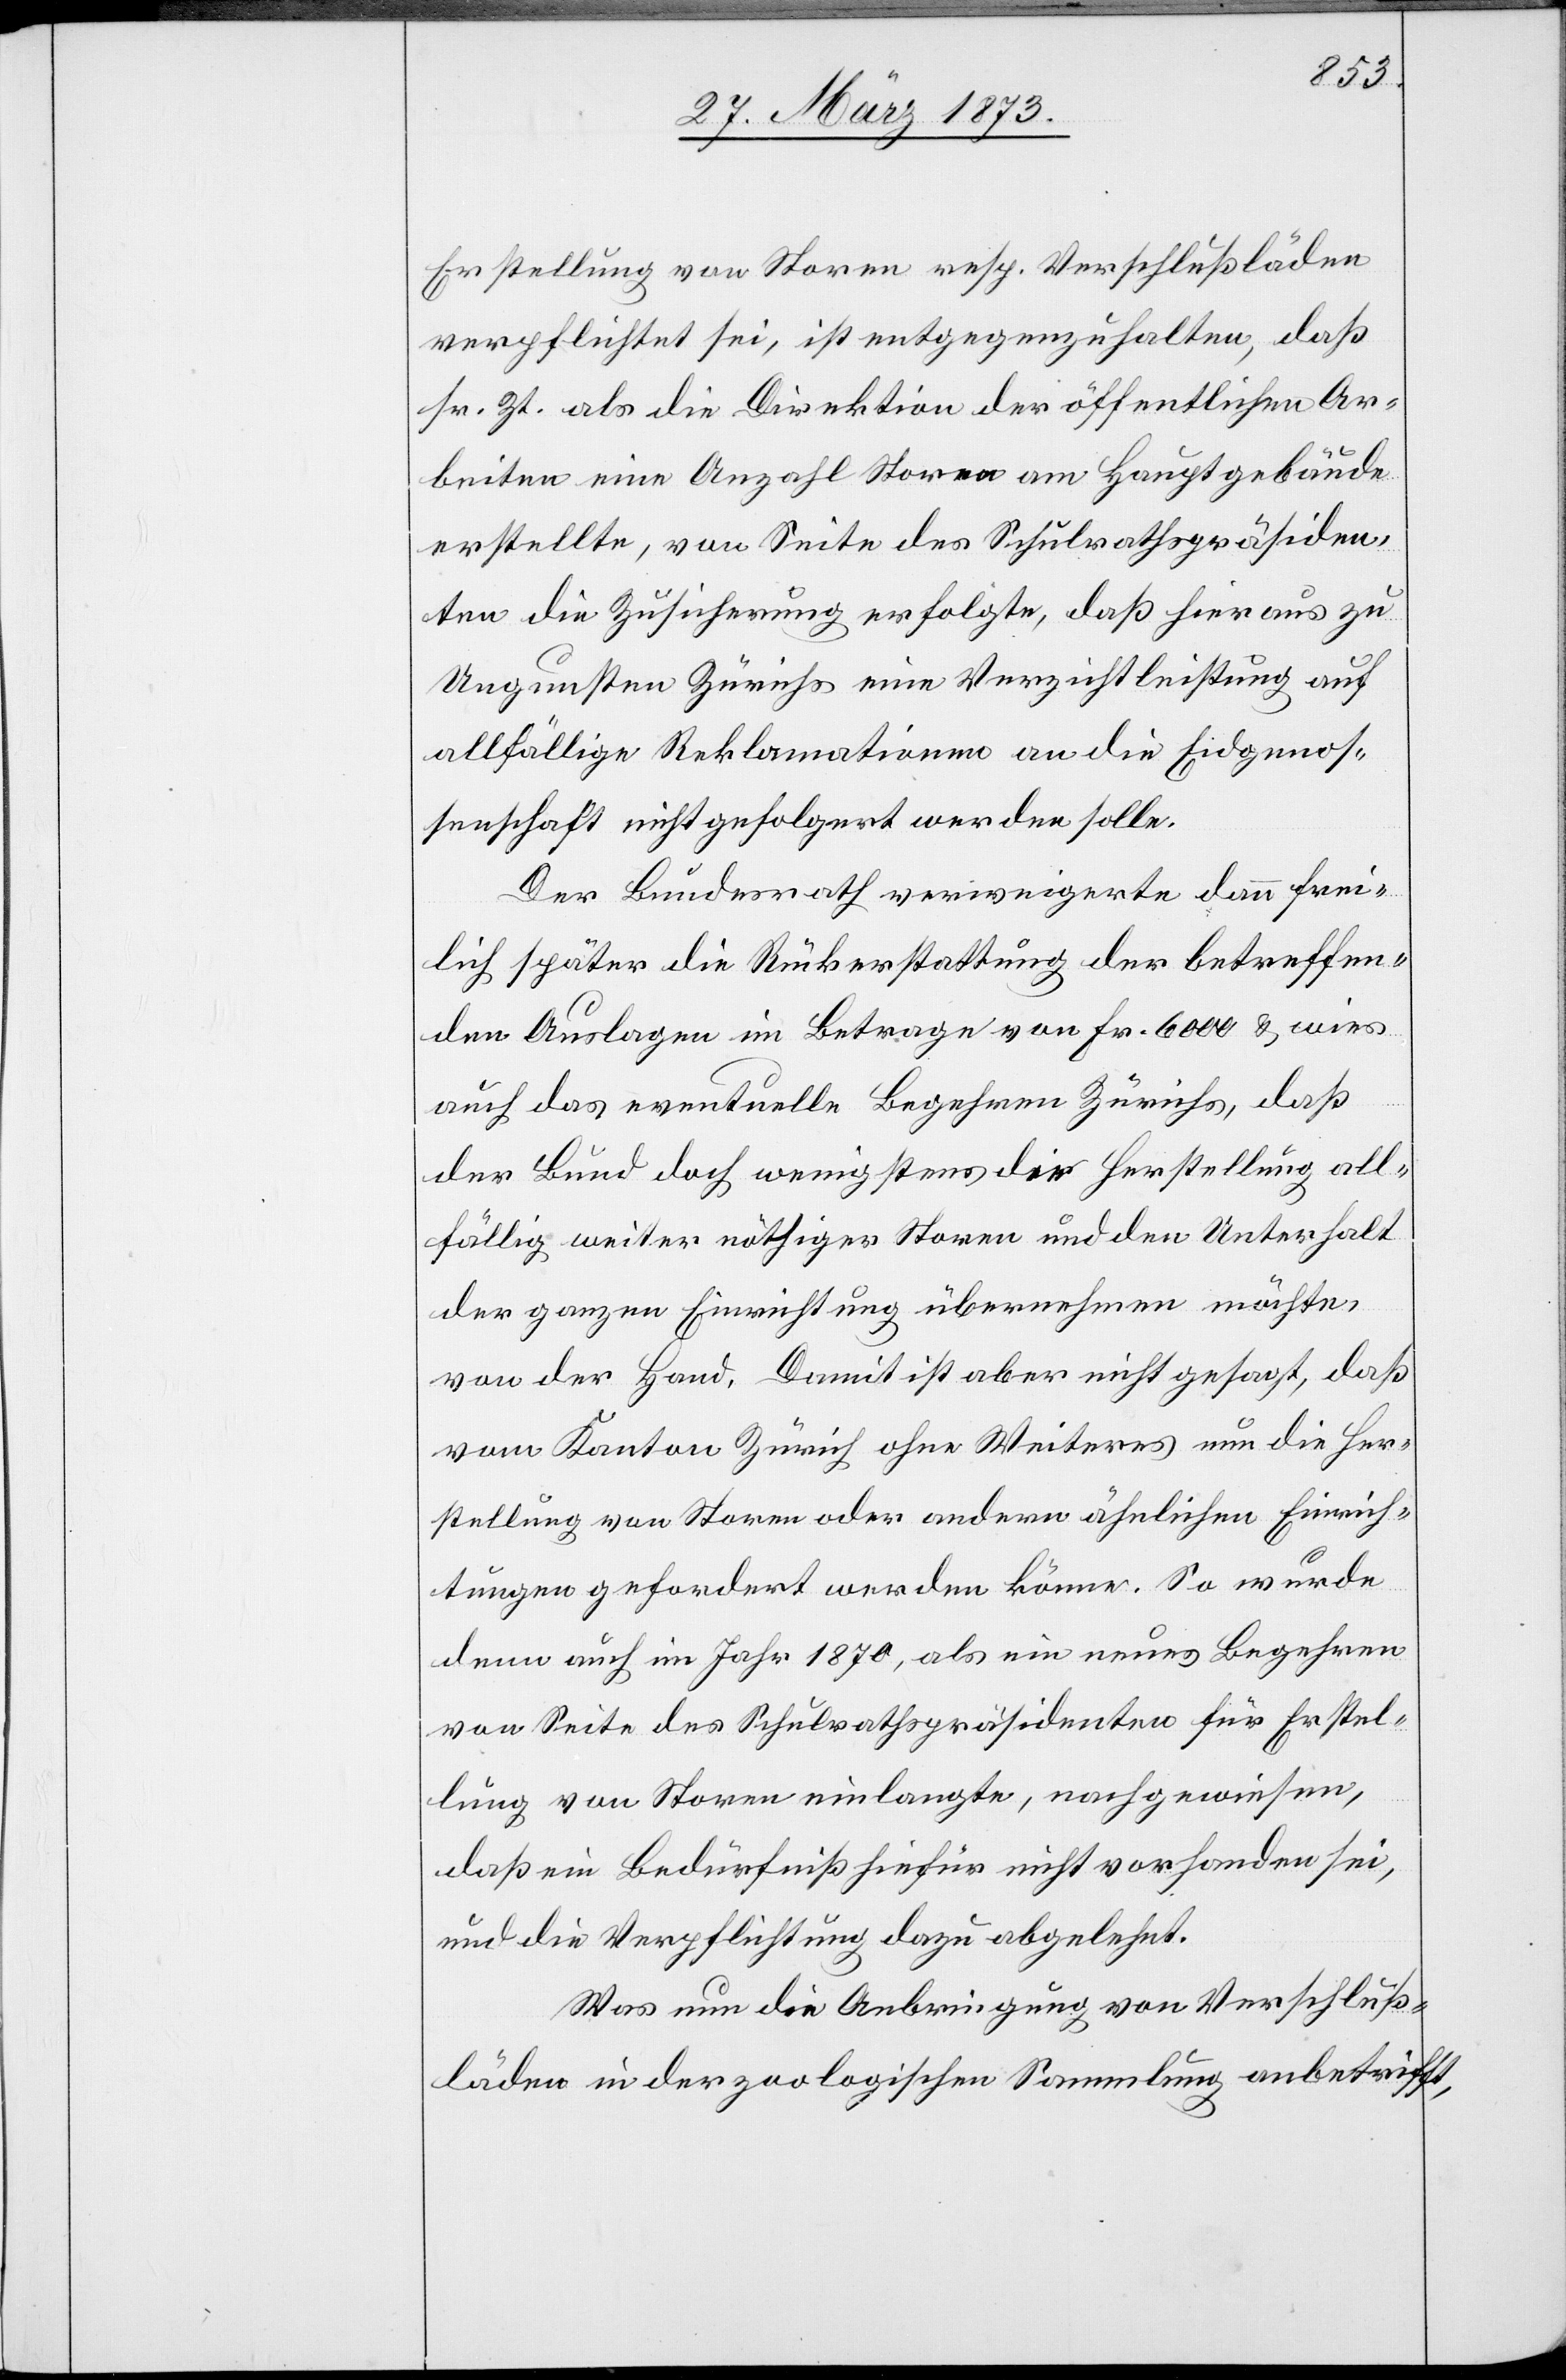
Erstellung von Storen resp. Verschlußläden
verpflichtet sei, ist entgegengehalten, daß
sr. Zt. als die Direktion der öffentlichen Ar¬
beiten eine Anzahl Storen am Hauptgebäude
erhalte, von Seite des Schulrathspräsiden¬
ten die Zusicherung erfolgte, daß hier aus zu
Ungunsten Zürichs eine Verzichtleistung auf
allfällige Reklamationen an die Eidgenos¬
senschaft nicht gefolgert werden solle.
Der Bundesrath verweigerte dann frei¬
lich später die Rückerstattung der betreffen¬
den Auslagen im Betrage von Fr. 6000 & wies
auch das eventuelle Begehren Zürichs, daß
der Bund doch wenigstens die Herstellung all¬
fällig weiter nöthiger Storen und den Unterhalt
der ganzen Einrichtung übernehmen möchte,
von der Hand. Damit ist aber nicht gesagt, daß
vom Kanton Zürich ohne Weiteres nun die Her¬
stellung von Storen oder andern ähnlichen Einrich¬
tungen gefordert werden könne. So wurde
denn auch im Jahr 1870, als ein neues Begehren
von Seite des Schulrathspräsidenten für Erstel¬
lung von Storen einlangte, nachgewiesen,
daß ein Bedürfniß hiefür nicht vorhanden sei,
und die Verpflichtung dazu abgelehnt.
Was nun die Anbringung von Verschluß¬
läden in der zoologischen Sammlung anbetrifft,